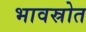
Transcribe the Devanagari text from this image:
भावस्रोत